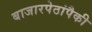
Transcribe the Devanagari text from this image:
बाजारपेठांपैकी